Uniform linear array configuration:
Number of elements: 64
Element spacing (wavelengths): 0.5
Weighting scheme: exponential
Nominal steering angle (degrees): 15
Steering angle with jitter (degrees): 14.28
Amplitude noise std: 0.05
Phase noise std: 0.05

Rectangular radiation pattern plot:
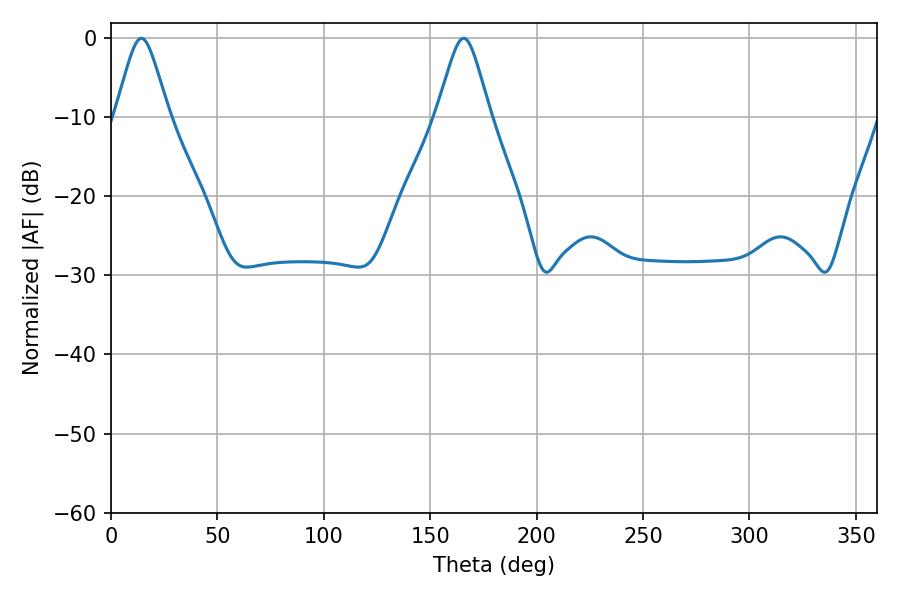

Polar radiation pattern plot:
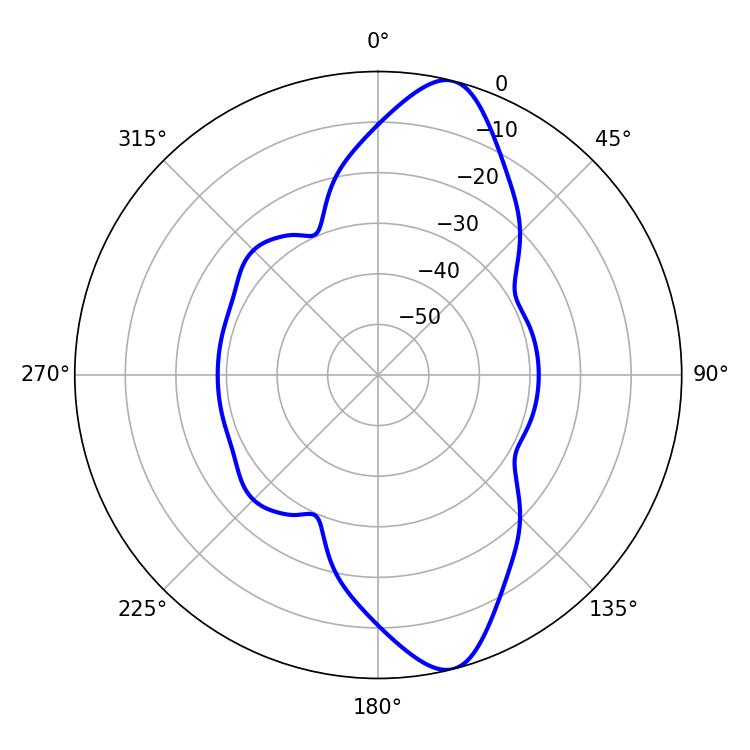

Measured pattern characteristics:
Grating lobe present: FALSE
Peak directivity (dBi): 11.933
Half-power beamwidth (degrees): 12.06
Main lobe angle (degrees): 14.22